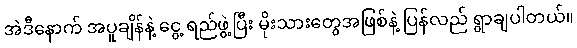
အဲဒီနောက် အပူချိန်နဲ့ ငွေ့ ရည်ဖွဲ့ပြီး မိုးသားတွေအဖြစ်နဲ့ ပြန်လည် ရွာချပါတယ်။